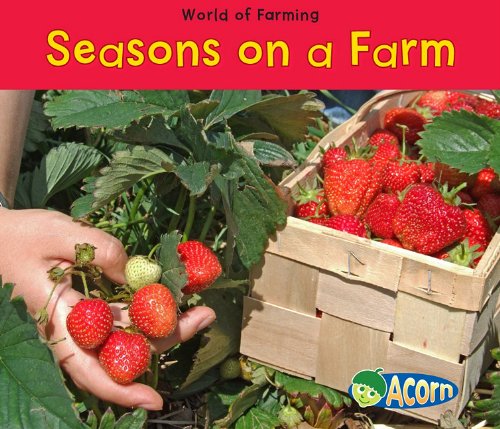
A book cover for Seasons on a Farm (World of Farming); Nancy Dickmann; Children's Books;